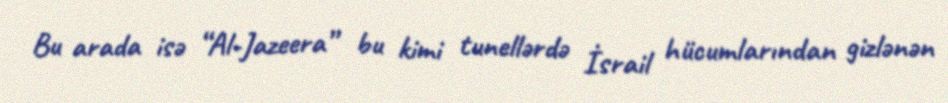
Bu arada isə “Al-Jazeera” bu kimi tunellərdə İsrail hücumlarından gizlənən